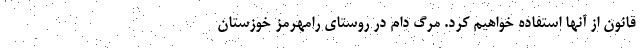
قانون از آنها استفاده خواهیم کرد. مرگ‌ دام در روستای رامهرمز خوزستان